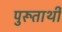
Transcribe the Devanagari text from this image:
पुरूतार्थी